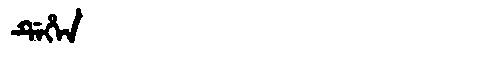
Manchu: ᡩᡝᡥᡝᠨ
Romanization: DEHEN